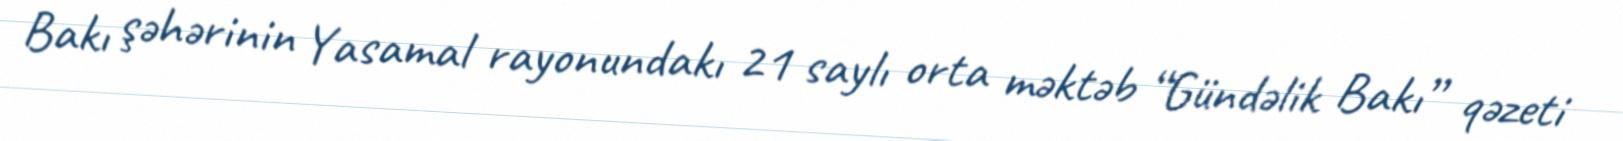
Bakı şəhərinin Yasamal rayonundakı 21 saylı orta məktəb “Gündəlik Bakı” qəzeti